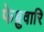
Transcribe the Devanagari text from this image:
फेब्रुवारि